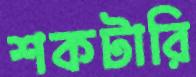
শকটারি